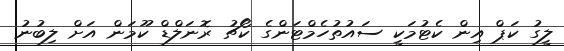
ލީގު ކަޕް އިން ކެޓުމަކީ ސައުތުހެމްޓަންގެ ކޯޗު ރޮނަލްޑް ކޫމަން އަށް ލިބުނު